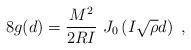
LaTeX: \begin{align*}8 g(d)= {M^2\over 2RI}\ J_0 \left( I\sqrt{\rho}d \right) \ ,\end{align*}